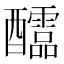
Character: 𨤀